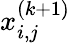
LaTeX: x_{i,j}^{(k+1)}